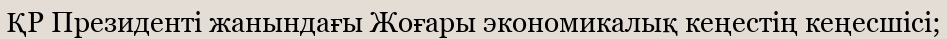
ҚР Президенті жанындағы Жоғары экономикалық кеңестің кеңесшісі;